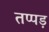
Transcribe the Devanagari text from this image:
तप्पड़